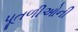
પૂતળીઓની